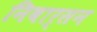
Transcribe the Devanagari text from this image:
निवार्सन